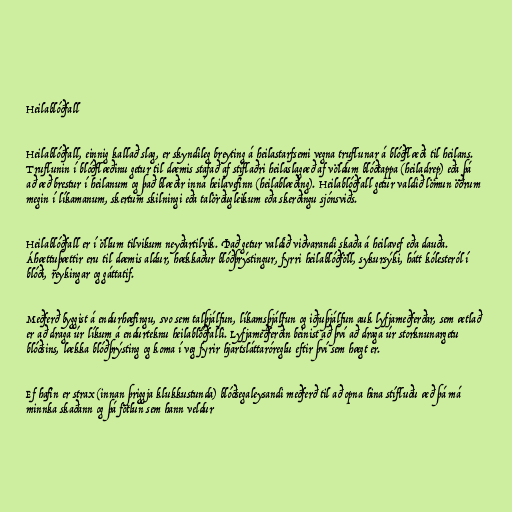
Heilablóðfall

Heilablóðfall, einnig kallað slag, er skyndileg breyting á heilastarfsemi vegna truflunar á blóðflæði til heilans.
Truflunin í blóðflæðinu getur til dæmis stafað af stíflaðri heilaslagæð af völdum blóðtappa (heiladrep) eða þá
að æð brestur í heilanum og það blæðir inná heilavefinn (heilablæðing). Heilablóðfall getur valdið lömun öðrum
megin í líkamanum, skertum skilningi eða talörðugleikum eða skerðingu sjónsviðs.

Heilablóðfall er í öllum tilvikum neyðartilvik. Það getur valdið viðvarandi skaða á heilavef eða dauða.
Áhættuþættir eru til dæmis aldur, hækkaður blóðþrýstingur, fyrri heilablóðföll, sykursýki, hátt kólesteról í
blóði, reykingar og gáttatif.

Meðferð byggist á endurhæfingu, svo sem talþjálfun, líkamsþjálfun og iðjuþjálfun auk lyfjameðferðar, sem ætlað
er að draga úr líkum á endurteknu heilablóðfalli. Lyfjameðferðin beinist að því að draga úr storknunargetu
blóðsins, lækka blóðþrýsting og koma í veg fyrir hjartsláttaróreglu eftir því sem hægt er.

Ef hafin er strax (innan þriggja klukkustunda) blóðsegaleysandi meðferð til að opna hina stífluðu æð þá má
minnka skaðann og þá fötlun sem hann veldur